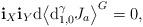
LaTeX: \begin{gather*}\mathbf{i}_{X}\mathbf{i}_{Y}\mathrm{d}\big\langle\mathrm{d}_{1,0}^{\gamma}J_{a}\big\rangle^{G}=0,\end{gather*}